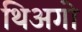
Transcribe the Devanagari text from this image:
थिअगो